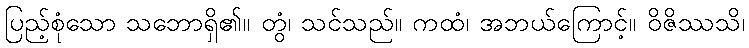
ပြည့်စုံသော သဘောရှိ၏။ တွံ၊ သင်သည်။ ကထံ၊ အဘယ်ကြောင့်။ ဝိဇိဿသိ၊